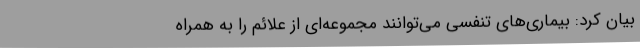
بیان کرد: بیماری‌های تنفسی می‌توانند مجموعه‌ای از علائم را به همراه